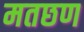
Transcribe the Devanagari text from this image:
मतछण